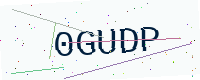
Text: 0GUDP